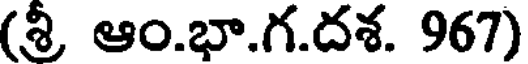
(శ్రీ ఆం.భా.గ.దశ. 967)